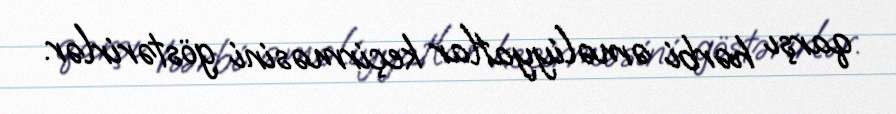
qarşı hərbi əməliyyatlar keçirməsini göstərirlər.